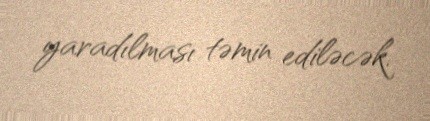
yaradılması təmin ediləcək.